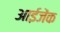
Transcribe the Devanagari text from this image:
आईजेंक